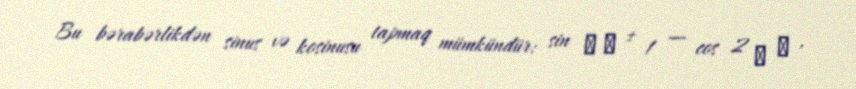
Bu bərabərlikdən sinus və kosinusu tapmaq mümkündür: sin ⁡ θ ± 1 − cos 2 ⁡ θ ,